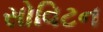
સોવિટન